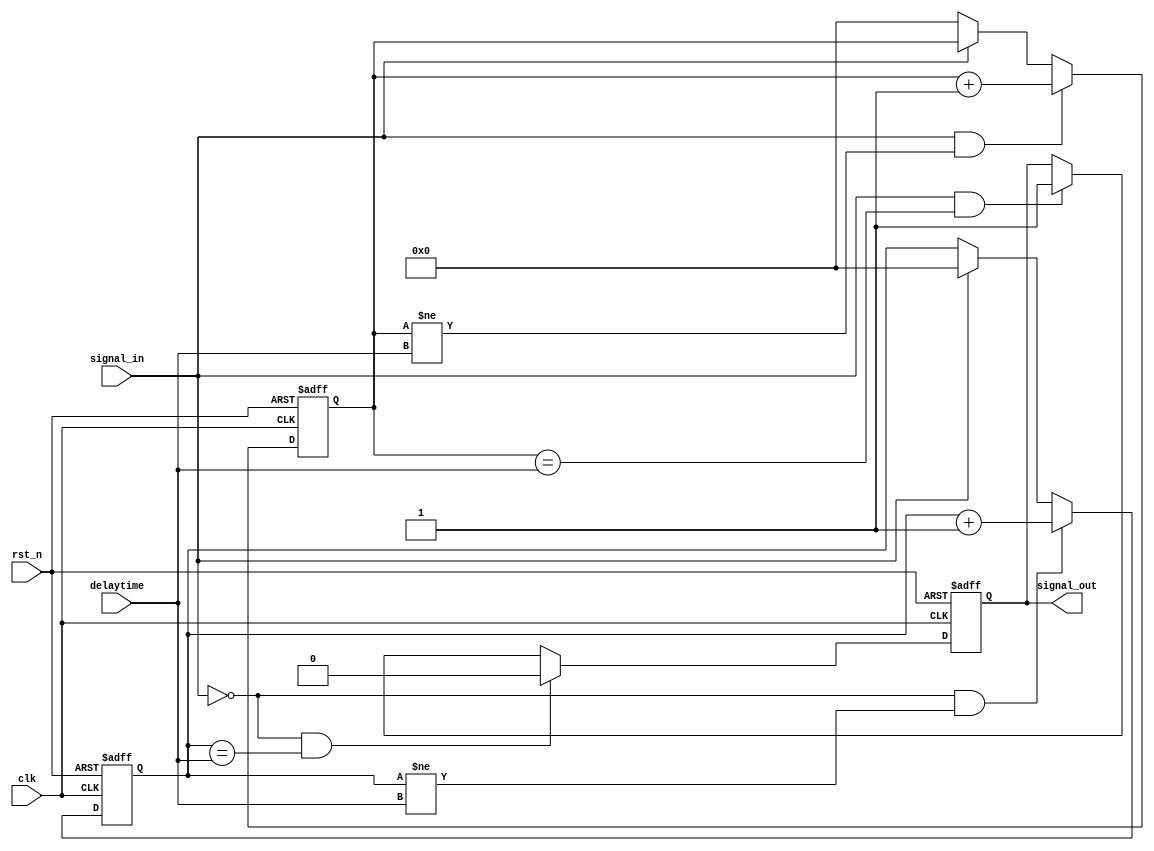

module inputDelay (
      input clk,
		input rst_n,
		input [19:0] delaytime,
		input signal_in,
		output reg signal_out

);

reg [19:0] setCounter;
reg [19:0] resetCounter;

// set delay
always @(posedge clk, negedge rst_n) begin
   if (!rst_n) begin
      setCounter <= 20'd0;
	end else if (signal_in & setCounter!=delaytime) begin
      setCounter <= setCounter + 1'b1;
   end else if (!signal_in) begin
      setCounter <= 20'd0;
   end else begin
      setCounter <= setCounter;
   end
end

// reset delay
always @(posedge clk, negedge rst_n) begin
   if (!rst_n) begin
      resetCounter <= 20'd0;
	end else if (!signal_in & resetCounter!=delaytime) begin
      resetCounter <= resetCounter + 1'b1;
   end else if (signal_in) begin
      resetCounter <= 20'd0;
   end else begin
      resetCounter <= resetCounter;
   end
end

// output FF
always @(posedge clk, negedge rst_n) begin
   if (!rst_n) begin
      signal_out <= 1'b0;
	end else if (!signal_in & resetCounter==delaytime) begin
      signal_out <= 1'b0;
	end else if (signal_in & setCounter==delaytime) begin
      signal_out <= 1'b1;
   end else begin
      signal_out <= signal_out;
   end
end


endmodule